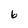
Character: 6